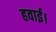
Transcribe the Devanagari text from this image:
हवाई।